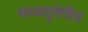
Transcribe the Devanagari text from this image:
मध्ययूरोपीय